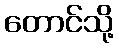
တောင်သို့